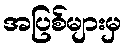
အပြစ်များမှ